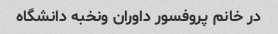
در خانم پروفسور داوران ونخبه دانشگاه